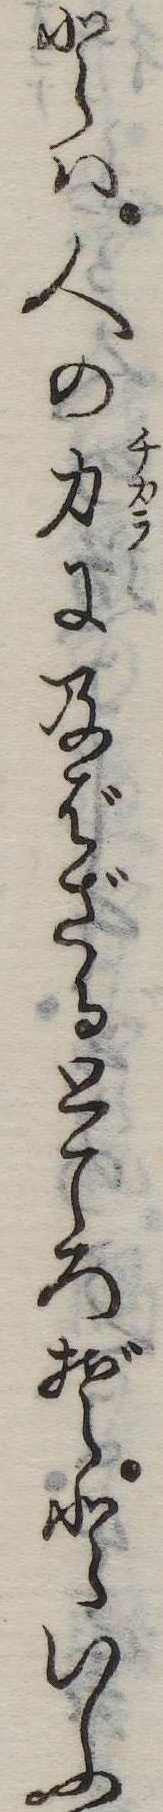
とは人の力に及ばざるところぞといふ